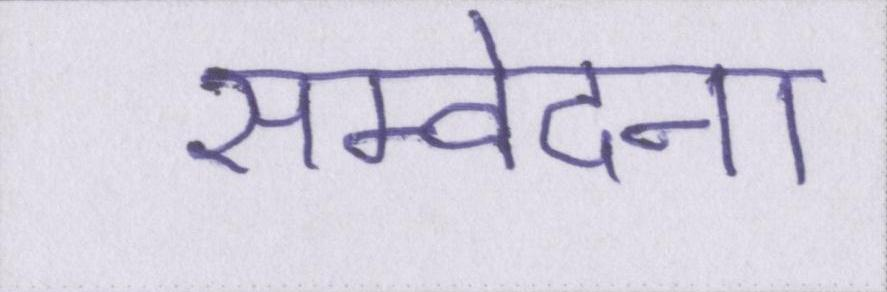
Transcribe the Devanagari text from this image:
सम्वेदना